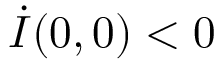
\dot { I } ( 0 , 0 ) < 0